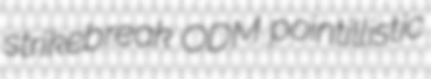
strikebreak ODM pointillistic